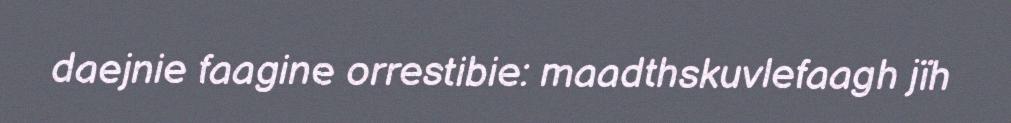
daejnie faagine orrestibie: maadthskuvlefaagh jïh